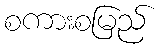
စကားစမြည်